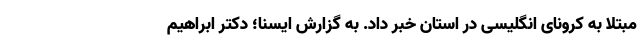
مبتلا به کرونای انگلیسی در استان خبر داد. به گزارش ایسنا؛ دکتر ابراهیم